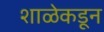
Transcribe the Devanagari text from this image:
शाळेकडून